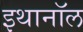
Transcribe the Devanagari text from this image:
इथानॉल